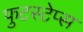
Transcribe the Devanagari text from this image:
फुटस्टेप्स